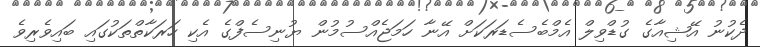
ދެކުނު އޭޝިއާގެ ގުޑްވިލް އެމްބެސެޑަރަކަށް އޭނާ ހަމަޖެއްސުމުން ޔުނިސެފްގެ އެކި ހަރަކާތްތަކުގައި ބައިވެރިވެ